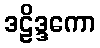
ဒဠိဒ္ဒကော